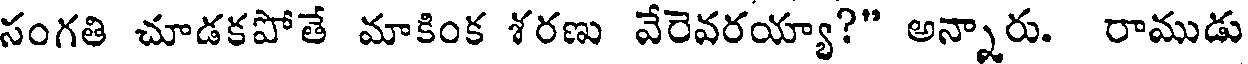
సంగతి చూడకపోతే మాకింక శరణు వేరెవరయ్యా?" అన్నారు. రాముడు